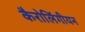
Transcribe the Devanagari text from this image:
कैरोलिंगीयन